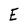
Character: E